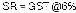
SR = GST @6%